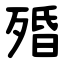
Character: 殙